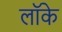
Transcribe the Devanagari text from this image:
लाॅके